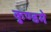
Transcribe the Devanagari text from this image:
कुण्डमे